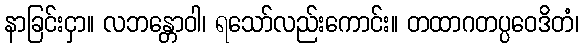
နာခြင်းငှာ။ လဘန္တောဝါ၊ ရသော်လည်းကောင်း။ တထာဂတပ္ပဝေဒိတံ၊